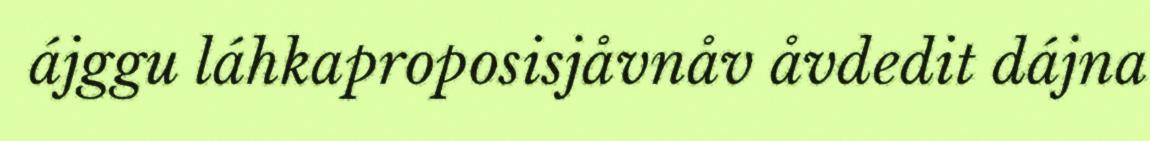
ájggu láhkaproposisjåvnåv åvdedit dájna